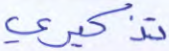
تذكيري